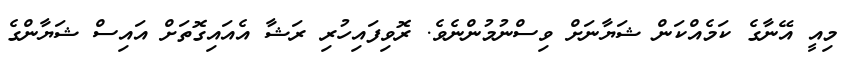
މިއީ އޭނާގެ ކަމެއްކަން ޝަޔާނަށް ވިސްނުމުންނެވެ. ރޮވިފައިހުރި ރަޝާ އެއައިގޮތަށް އައިސް ޝަޔާންގެ